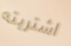
اشتريته